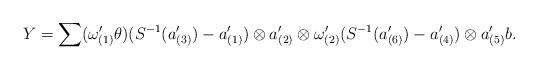
LaTeX: \begin{align*}Y =\sum (\omega_{(1)}'\theta)(S^{-1}(a_{(3)}')-a_{(1)}') \otimes a_{(2)}' \otimes \omega_{(2)}'(S^{-1}(a_{(6)}')-a_{(4)}')\otimes a_{(5)}'b.\end{align*}